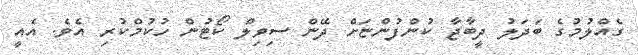
ގެއްލުމުގެ ބަދަލު ދީބާޖާ ކުންފުންޏަށް ދޭން ސިވިލް ކޯޓުން ހުކުމްކުރި އެވެ. އެއީ